Lunatic asylums Burma 1907-21 - 1907-1921
Year: 1907
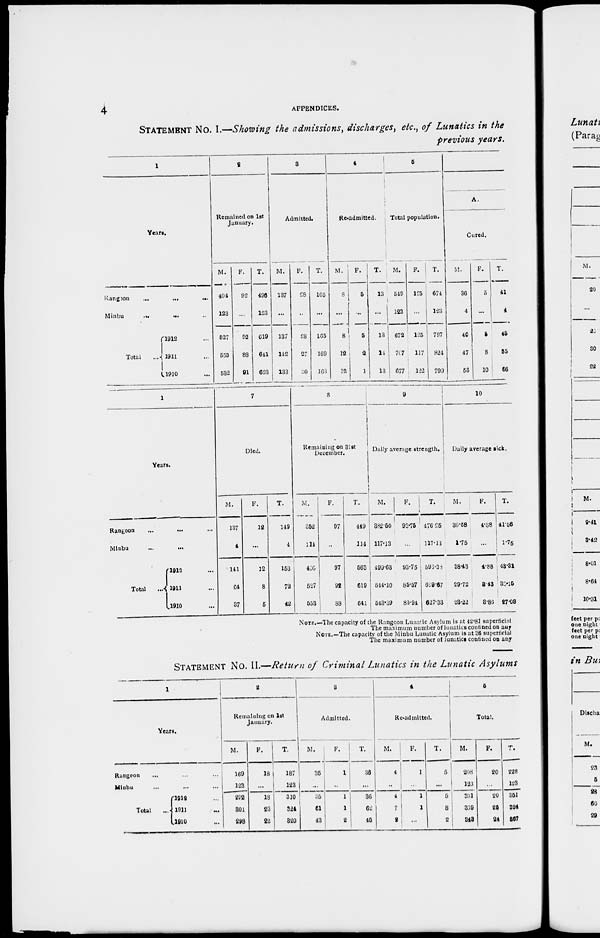
4
APPENDICES.
STATEMENT No. I.—Showing the admissions, discharges, etc., of Lunatics in the
previous years.
1
Years.
Rangoon
...
...
...
Minbu
...
...
Total
1912 ... ...
1911 ... ...
1910 ... ...
2
Remained on 1st
January.
M.
404
123
527
553
532
F.
92
...
92
88
91
T.
496
123
619
641
623
3
Admitted.
M.
137
...
137
142
133
F.
28
...
28
27
30
T.
165
...
165
169
163
4
Re-admitted.
M.
8
...
8
12
12
F.
5
...
5
2
1
T.
13
...
13
14
13
5
Total population.
M.
549
123
672
707
677
F.
125
...
125
117
122
T.
674
123
797
824
799
A.
Cured.
M.
36
1
40
47
56
F.
5
...
5
8
10
T.
41
1
45
55
66
1
Years.
Rangoon
...
...
Minbu ... ...
Total
1912 ...
1911 ...
1910 ...
7
Died.
M.
137
4
141
64
37
F.
12
...
12
8
5
T.
149
4
153
72
42
8
Remaining on 31st
December.
M.
352
114
466
527
553
F.
97
...
97
92
88
T.
449
114
563
619
641
9
Daily average strength.
M.
382.50
117.13
499.63
544.10
543.39
F.
93.75
...
93.75
85.57
83.94
T.
476.25
117.13
598.38
629.67
627.33
10
Daily average sick.
M.
36.68
1.75
38.43
29.72
23.22
F.
4.88
...
4.88
3.43
3.86
T.
41.56
l.75
43.31
33.15
27.08
NOTE.—The capacity of the Rangoon Lunatic Asylum is at 42.81 superficial
The maximum number of lunatics confined on any
NOTE.—The capacity of the Minbu Lunatic Asylum is at 36 superficial
The maximum number of lunatics confined on any
STATEMENT No. II.—Return of Criminal Lunatics in the Lunatic Asylums
1
Years.
Rangoon ... ... ...
Minbu ... ... ...
Total
1912 ...
1911 ...
1910 ...
2
Remaining on 1st
January.
M.
169
123
292
301
298
F.
18
...
18
23
22
T.
187
123
310
324
320
3
Admitted.
M.
35
...
35
61
43
F.
1
...
1
1
2
T.
36
...
36
62
45
4
Re-admitted.
M.
4
...
4
7
2
F.
1
...
1
1
...
T.
5
...
5
8
2
5
Total.
M.
208
123
331
369
343
F.
20
...
20
25
24
T.
228
123
351
394
367